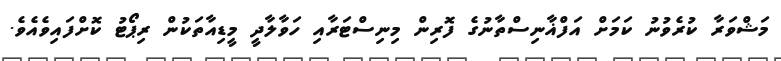
މަޝްވަރާ ކުރެވުނު ކަމަށް އަފްޣާނިސްތާނުގެ ފޮރިން މިނިސްޓަރާއި ހަވާލާދީ މީޑިއާތަކުން ރިޕޯޓު ކޮށްފައިވެއެވެ.